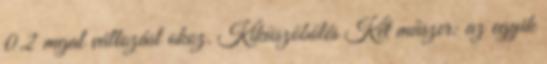
0.2 mgal változást okoz. Kiküszöbölés Két műszer: az egyik